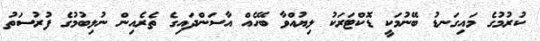
ކުރުމުގެ މައިގަނޑު ބޭނުމަކީ ޑޮކްޓަރަކު ލިޔުއްވާ ބޭހެއް އާސަންދައިގެ ތެރެއިން ނުލިބުމުގެ ފުރުސަތު